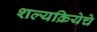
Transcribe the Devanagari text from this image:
शल्यक्रियेचे